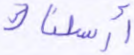
أرسلناك